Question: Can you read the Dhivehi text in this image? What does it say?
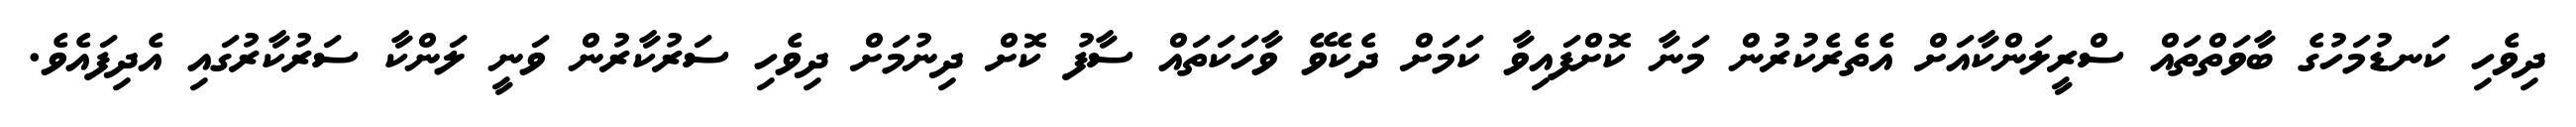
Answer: ދިވެހި ކަނޑުމަހުގެ ބާވަތްތައް ސްރީލަންކާއަށް އެތެރެކުރުން މަނާ ކޮށްފައިވާ ކަމަށް ދެކެވޭ ވާހަކަތައް ސާފު ކޮށް ދިނުމަށް ދިވެހި ސަރުކާރުން ވަނީ ލަންކާ ސަރުކާރުގައި އެދިފައެވެ.